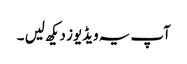
آپ یہ ویڈیوز دیکھ لیں ۔